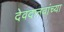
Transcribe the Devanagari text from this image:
देवदानवांच्या